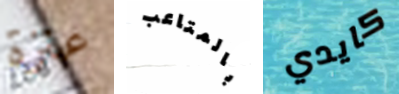
عنزة بالمتاعب كايدي